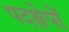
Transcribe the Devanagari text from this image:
पदक्षेपों